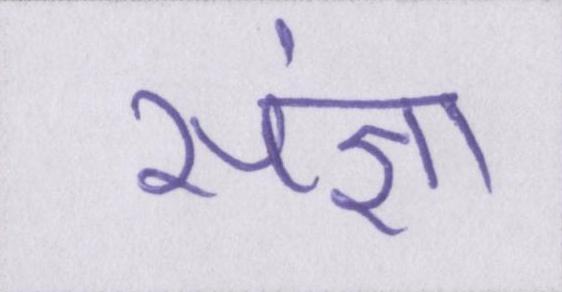
संज्ञा